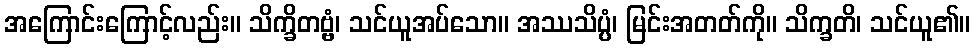
အကြောင်းကြောင့်လည်း။ သိက္ခိတဗ္ဗံ၊ သင်ယူအပ်သော။ အဿသိပ္ပံ၊ မြင်းအတတ်ကို။ သိက္ခတိ၊ သင်ယူ၏။